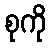
စုကို